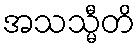
အသသ္မီတိ